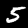
Label: 5